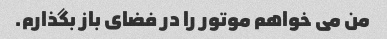
من می خواهم موتور را در فضای باز بگذارم.